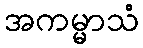
အကမ္မာသံ